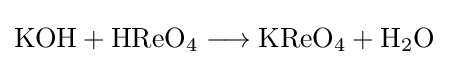
\mathrm {KOH+HReO_{4}\longrightarrow KReO_{4}+H_{2}O}